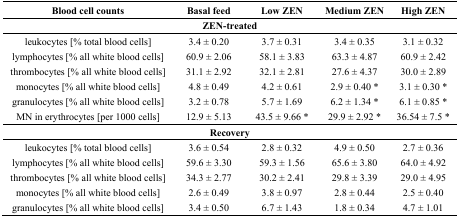
| Blood cell counts | Basal feed | Low ZEN | Medium ZEN | High ZEN |
 | --- | --- | --- | --- | --- |
 | <COLSPAN=5> ZEN-treated |
 | leukocytes [% total blood cells] | 3.4 ± 0.20 | 3.7 ± 0.31 | 3.4 ± 0.35 | 3.1 ± 0.32 |
 | lymphocytes [% all white blood cells] | 60.9 ± 2.06 | 58.1 ± 3.83 | 63.3 ± 4.87 | 60.9 ± 2.42 |
 | thrombocytes [% all white blood cells] | 31.1 ± 2.92 | 32.1 ± 2.81 | 27.6 ± 4.37 | 30.0 ± 2.89 |
 | monocytes [% all white blood cells] | 4.8 ± 0.49 | 4.2 ± 0.61 | 2.9 ± 0.40 * | 3.1 ± 0.30 * |
 | granulocytes [% all white blood cells] | 3.2 ± 0.78 | 5.7 ± 1.69 | 6.2 ± 1.34 * | 6.1 ± 0.85 * |
 | MN in erythrocytes [per 1000 cells] | 12.9 ± 5.13 | 43.5 ± 9.66 * | 29.9 ± 2.92 * | 36.54 ± 7.5 * |
 | <COLSPAN=5> Recovery |
 | leukocytes [% total blood cells] | 3.6 ± 0.54 | 2.8 ± 0.32 | 4.9 ± 0.50 | 2.7 ± 0.36 |
 | lymphocytes [% all white blood cells] | 59.6 ± 3.30 | 59.3 ± 1.56 | 65.6 ± 3.80 | 64.0 ± 4.92 |
 | thrombocytes [% all white blood cells] | 34.3 ± 2.77 | 30.2 ± 2.41 | 29.8 ± 3.39 | 29.0 ± 4.95 |
 | monocytes [% all white blood cells] | 2.6 ± 0.49 | 3.8 ± 0.97 | 2.8 ± 0.44 | 2.5 ± 0.40 |
 | granulocytes [% all white blood cells] | 3.4 ± 0.50 | 6.7 ± 1.43 | 1.8 ± 0.34 | 4.7 ± 1.01 |